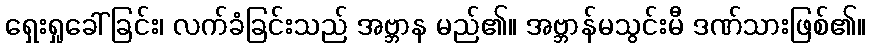
ရှေးရှုခေါ်ခြင်း၊ လက်ခံခြင်းသည် အဗ္ဘာန မည်၏။ အဗ္ဘာန်မသွင်းမီ ဒဏ်သားဖြစ်၏။